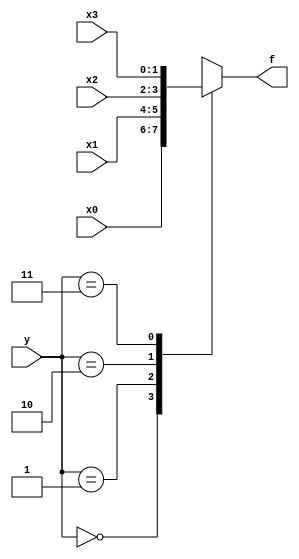
module lab01_4wei_2_1(x0,x1,x2,x3,y,f);
	input [1:0]x0;
	input [1:0]x1;
	input [1:0]x2;
	input [1:0]x3;
	input [1:0]y;
	output reg [1:0]f;
	
	always@(*)
		case (y)
		0: f = x0;
		1: f = x1;
		2: f = x2;
		3: f = x3;
		default: f = 2'b00; 
		endcase 
endmodule